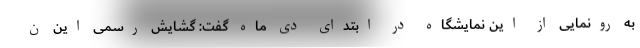
به رونمایی از این نمایشگاه در ابتدای دی ماه گفت: گشایش رسمی این ن